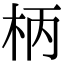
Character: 柄